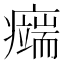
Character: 𤻨